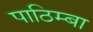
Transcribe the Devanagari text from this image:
पाठिम्बा